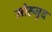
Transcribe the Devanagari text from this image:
मोह्जुद